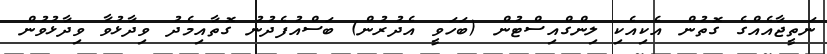
ނަތީޖާއެއްގެ ގޮތުން އެކިއެކި ލިންގްއިސްޓުން (ބަހަވީ އެދުރުން) ބަސްއުފެދުނު ގޮތާއިމެދު ވިދާޅުވާ ވިދާޅުވުން